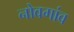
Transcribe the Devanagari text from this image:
नोवगांव